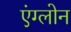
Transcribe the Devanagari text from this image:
एंग्लोन